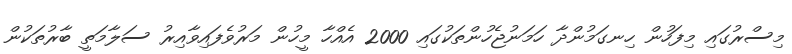
މިސްރުގައި މިފަހުން ހިނގަމުންދާ ހަމަނުޖެހުންތަކުގައި 2000 އެއްހާ މީހުން މަރުވެފައިވާއިރު ސަލާމަތީ ބާރުތަކުން